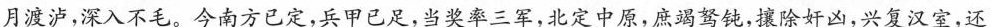
月渡泸，深入不毛。今南方已定，兵甲已足，当奖率三军，北定中原，庶竭驽钝，攘除奸凶，兴复汉空，还